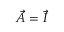
\vec { A } = \vec { I }